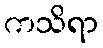
ကသိရာ